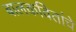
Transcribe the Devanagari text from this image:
बालकवितांचे